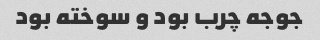
جوجه چرب بود و سوخته بود